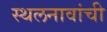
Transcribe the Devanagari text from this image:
स्थलनावांची